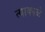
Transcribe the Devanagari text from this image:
त्याकाळे